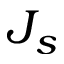
J _ { s }